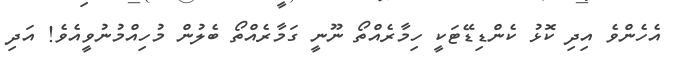
އެހެންވެ އިދި ކޮޅު ކެންޑިޑޭޓަކީ ހިމާރެއްތޯ ނޫނީ ގަމާރެއްތޯ ބެލުން މުހިއްމުނުވީއެވެ! އަދި